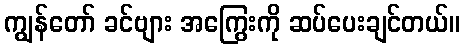
ကျွန်တော် ခင်ဗျား အကြွေးကို ဆပ်ပေးချင်တယ်။